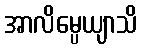
အာလိမ္ပေယျာသိ